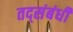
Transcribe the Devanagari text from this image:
तद्संबंधी